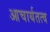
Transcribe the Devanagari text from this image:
आचार्यतत्व